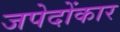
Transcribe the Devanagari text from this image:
जपेदोंकार